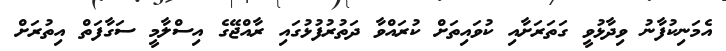
އެމަނިކުފާނު ވިދާޅުވީ ގަތަރަށާއި ކުވައިތަށް ކުރައްވާ ދަތުރުފުޅުގައި ރާއްޖޭގެ އިސްލާމީ ސަގާފަތް އިތުރަށް